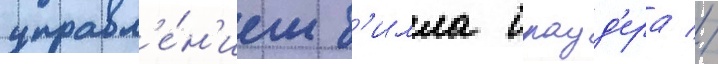
управл'е́н'ием б'илла брауд'ера //